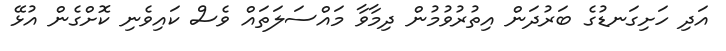
އަދި ހަށިގަނޑުގެ ބަރުދަން އިތުރުވުމުން ދިމާވާ މައްސަލަތައް ވެސް ކައިވެނި ކޮށްގެން އުޅޭ